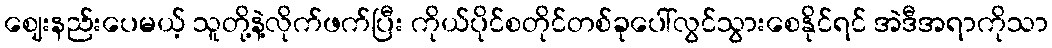
ဈေးနည်းပေမယ့် သူတို့နဲ့လိုက်ဖက်ပြီး ကိုယ်ပိုင်စတိုင်တစ်ခုပေါ်လွင်သွားစေနိုင်ရင် အဲဒီအရာကိုသာ